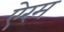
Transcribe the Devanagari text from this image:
ऐरम